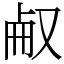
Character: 㕟